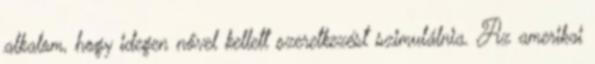
alkalom, hogy idegen nővel kellett szeretkezést szimulálnia. Az amerikai